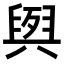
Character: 𮍭